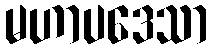
မဟာပဒေသာ